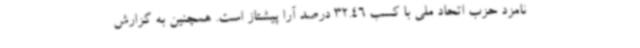
نامزد حزب اتحاد ملی با کسب 32.46 درصد آرا پیشتاز است. همچنین به گزارش